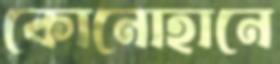
কোনোহানে